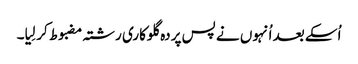
اُسکے بعد اُنہوں نے پس پردہ گلوکاری رشتہ مضبوط کر لِیا۔